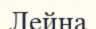
Лейна